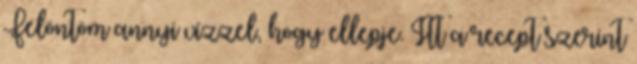
Felöntöm annyi vízzel, hogy ellepje. Itt a recept szerint